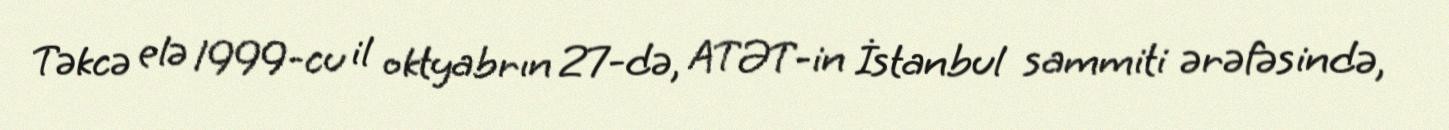
Təkcə elə 1999-cu il oktyabrın 27-də, ATƏT-in İstanbul sammiti ərəfəsində,